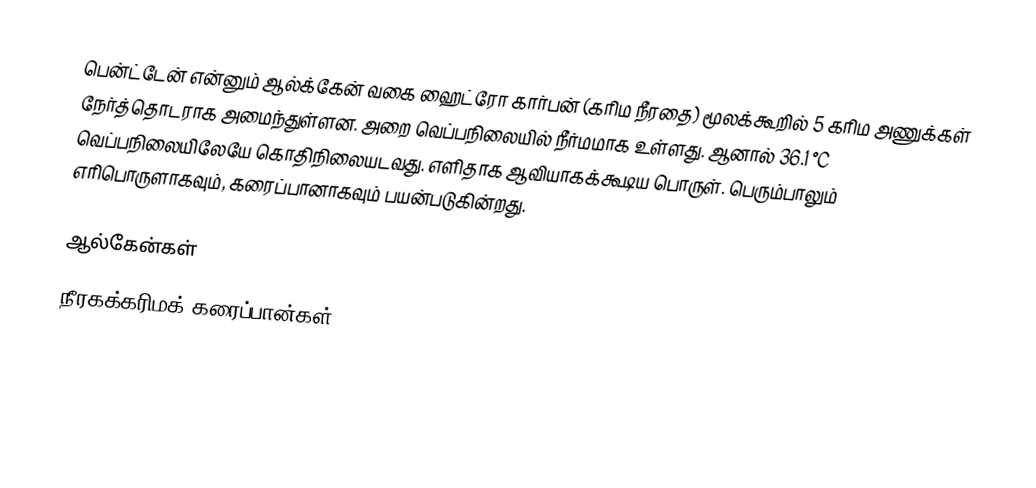
பென்ட்டேன் என்னும் ஆல்க்கேன் வகை ஹைட்ரோ கார்பன் (கரிம நீரதை) மூலக்கூறில் 5 கரிம அணுக்கள் நேர்த்தொடராக அமைந்துள்ளன. அறை வெப்பநிலையில் நீர்மமாக உள்ளது. ஆனால் 36.1 °C வெப்பநிலையிலேயே கொதிநிலையடவது. எளிதாக ஆவியாகக்கூடிய பொருள். பெரும்பாலும் எரிபொருளாகவும், கரைப்பானாகவும் பயன்படுகின்றது.

ஆல்கேன்கள்
நீரகக்கரிமக் கரைப்பான்கள்